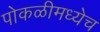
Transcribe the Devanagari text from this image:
पोकळीमध्येच